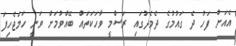
އެއަށް ފަހު ދެ ގައުމުގެ ދެމެދުގައި ރަސްމީ ވާހަކަތައް ބޭއްވުމަށް ވަނީ ހަމަޖެހިފަ